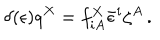
LaTeX: \delta ( \epsilon ) q ^ { X } = f _ { i A } ^ { X } \bar { \epsilon } ^ { i } \zeta ^ { A } \, .